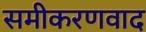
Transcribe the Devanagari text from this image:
समीकरणवाद